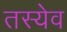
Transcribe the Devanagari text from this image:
तस्येव